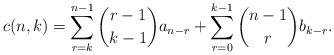
LaTeX: \begin{align*}c(n,k)=\sum_{r=k}^{n-1} \binom{r-1}{k-1} a_{n-r} + \sum_{r=0}^{k-1} \binom{n-1}{r} b_{k-r}.\end{align*}